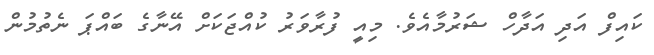
ކައިފް އަދި އަދާހް ޝަރުމާއެވެ. މިއީ ފުރާވަރު ކުއްޖަކަށް އޭނާގެ ބައްޕަ ނެތުމުން